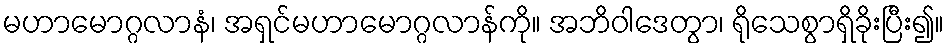
မဟာမောဂ္ဂလာနံ၊ အရှင်မဟာမောဂ္ဂလာန်ကို။ အဘိဝါဒေတွာ၊ ရိုသေစွာရှိခိုးပြီး၍။